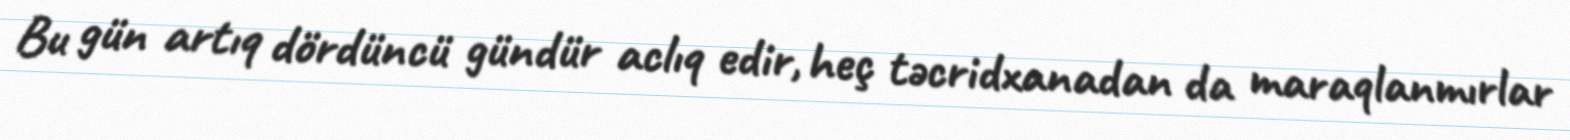
Bu gün artıq dördüncü gündür aclıq edir, heç təcridxanadan da maraqlanmırlar